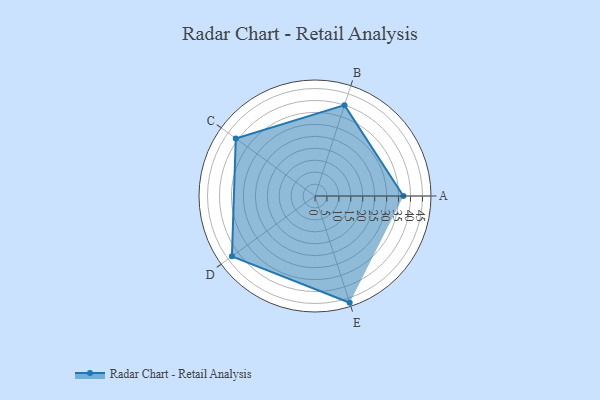
{"axis": {"x": "Skill", "y": "Score"}, "legend": ["Profile"], "data": [{"x": "A", "y": 37.0, "type": "Profile"}, {"x": "B", "y": 40.0, "type": "Profile"}, {"x": "C", "y": 41.0, "type": "Profile"}, {"x": "D", "y": 43.0, "type": "Profile"}, {"x": "E", "y": 47.0, "type": "Profile"}]}